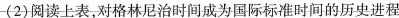
(2)阅读上表，对格林尼治时间成为国际标准时间的历史进程